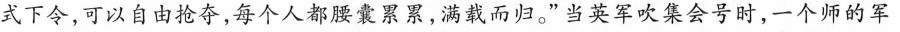
式下令，可以自由抢夺，每个人都腰囊累累，满载而归。”当英军吹集会号时，一个师的军